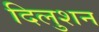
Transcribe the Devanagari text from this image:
दिलुशन